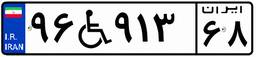
۲۷W۶۹۴۷۲